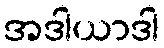
အဒါယာဒါ